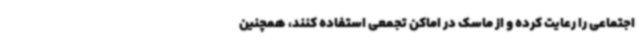
اجتماعی را رعایت کرده و از ماسک در اماکن تجمعی استفاده کنند، همچنین